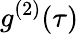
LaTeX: g^{(2)}(\tau)